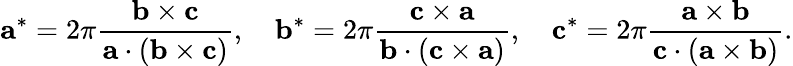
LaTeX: \mathbf{a}^{*}=2\pi{\frac{\mathbf{b}\times\mathbf{c}}{\mathbf{a}\cdot(\mathbf{b}\times\mathbf{c})}},\quad\mathbf{b}^{*}=2\pi{\frac{\mathbf{c}\times\mathbf{a}}{\mathbf{b}\cdot(\mathbf{c}\times\mathbf{a})}},\quad\mathbf{c}^{*}=2\pi{\frac{\mathbf{a}\times\mathbf{b}}{\mathbf{c}\cdot(\mathbf{a}\times\mathbf{b})}}.